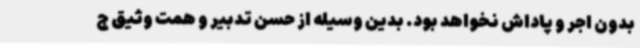
بدون اجر و پاداش نخواهد بود. بدین وسیله از حسن تدبیر و همت وثیق ج